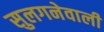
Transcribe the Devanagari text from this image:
सुलगनेवाली